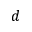
d